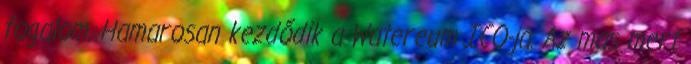
fogalom. Hamarosan kezdődik a Watereum ICO-ja. Az mas mert